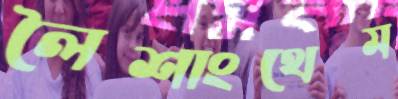
লৈশাংথেম